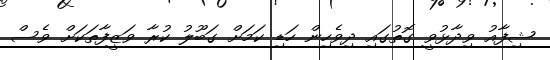
ޝިފާއު ވިދާޅުވީ ގޮތުގައި ދިވެހިން ހަޑި ކަމަށް ގަބޫލު ކުރާ ވަޒީފާތަކަށް ވެސް